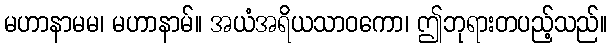
မဟာနာမမ၊ မဟာနာမ်။ အယံအရိယသာဝကော၊ ဤဘုရားတပည့်သည်။